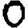
Digit: 0